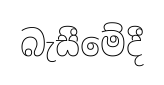
බැසීමේදී